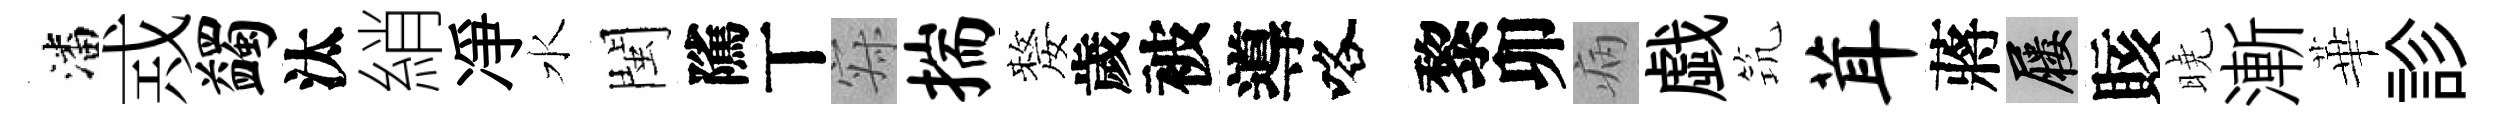
潘𢦶蠲汰綃凈水閩隲丅寂揣嫠歲被導咯黎卯病戯𥬑茸蔣屨賅曉漸華診